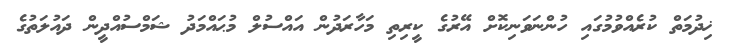
ޚިދުމަތް ކުރެއްވުމުގައި ހުންނަވަނިކޮށް އޭރުގެ ކީރިތި މަހާރަދުން އައްސުލް މުޙައްމަދު ޝަމްސުއްދީން ދައުލަތުގެ